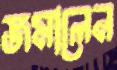
জমালেন